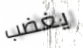
يغضب